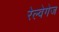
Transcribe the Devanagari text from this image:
रेल्वेगेज